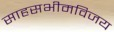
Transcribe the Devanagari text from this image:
साहसभीमविजय